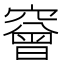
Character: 䆵